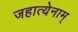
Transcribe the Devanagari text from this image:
जहात्येनाम्‌